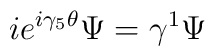
ie^{i\gamma_5 \theta} \Psi = \gamma^1 \Psi